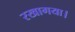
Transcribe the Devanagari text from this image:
रखागया।